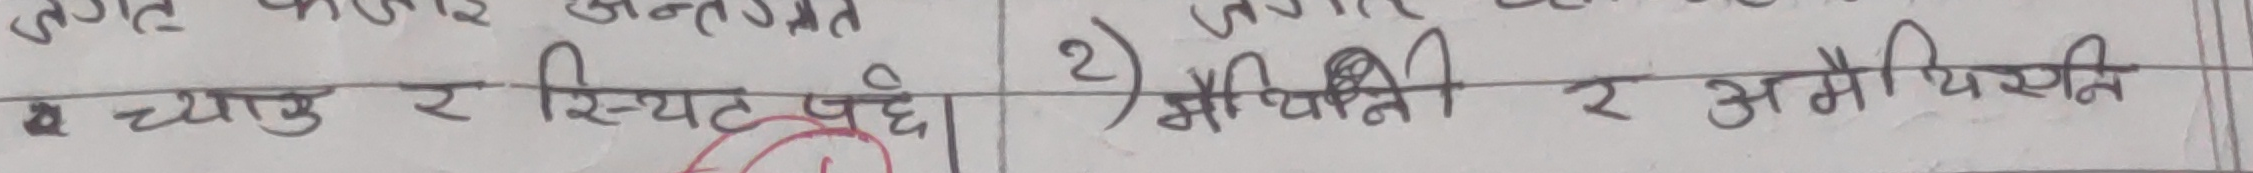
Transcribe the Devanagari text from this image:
स च्याकु र स्यट जदे। 2) मैथिली र अमैप्सित